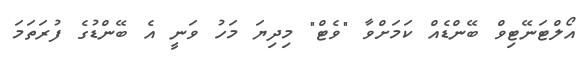
އޯލްޓަނޭޓިވް ބޭންޑެއް ކަމަށްވާ "ވެޓް" މިދިޔަ މަހު ވަނީ އެ ބޭންޑުގެ ފުރަތަމަ